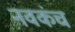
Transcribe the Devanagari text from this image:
नवकंच